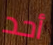
أحد